Lunatic asylums in Bengal annual reports 1899-1911 - 1899-1911
Year: 1899
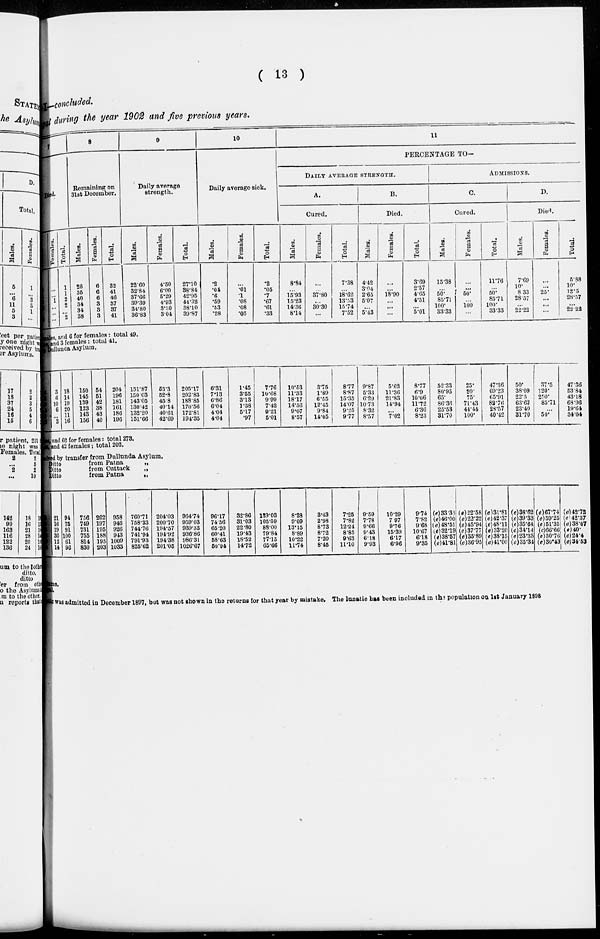
( 13 )
—concluded.
l during the year 1902 and five previous years.
Died.
Females.
...
...
1
...
...
...
Total.
1
1
2
2
...
2
8
Remaining on
31st December.
Males.
26
35 40
34
34
38
Females.
6
6
6
3
3
3
Total.
32
41
46
37
37
41
9
Daily average
strength.
Males.
22.60
32.84
37.66
39.39
34.80
36.83
Females.
4.50
6.00
5.29
4.93
3.30
3.04
Total.
27.10
38.84
42.95
44.32
38.10
39.87
10
Daily average sick.
Males.
.2
.04
.6
.59
.53
.28
Females.
...
.01
.1
.08
.08
.05
Total.
.2
.05
.7
.67
.61
.33
11
PERCENTAGE TO—
DAILY AVERAGE STRENGTH.
A.
Cured.
Males.
8.84
...
15.93
15.23
14.36
8.14
Females.
...
...
37.80
...
30.30
...
Total.
7.38
...
18.62
13.53
15.74
7.52
B.
Died.
Males.
4.42
3.04
2.65
5.07
...
5.43
Females.
...
...
18.90
...
...
...
Total.
3.69
2.57
4.65
4.51
...
5.01
ADMISSIONS.
C.
Cured.
Males.
15.38
...
50.
85.71
100.
33.33
Females.
...
...
50.
...
100
...
Total.
11.76
...
50.
85.71
100.
33.33
D.
Died.
Males.
7.69
10.
8.33
28.57
...
22.22
Females.
...
...
25.
...
...
...
Total.
5.88
10.
12.5
28.57
...
22.22
males and 6 for females : total 49.
and 3 females: total 41.
Dullunda Asylum.
3
6
10
6
...
3
18
14
19
20
11
16
150
145
139
123
143
156
54
51
42
38
43
40
204
196
181
161
186
196
151.87
150.03
143.05
130.42
132.20
151.66
53.3
52.8
45.8
40.14
40.61
42.69
205.17
202.83
188.85
170.56
172.81
194.35
6.31
7.13
6.86
6.04
4.04
4.04
1.45
3.55
3.13
1.38
5.17
.97
7.76
10.68
9.99
7.42
9.21
5.01
10.53
11.33
18.17
14.56
9.07
8.57
3.75
1.89
6.55
12.45
9.84
14.05
8.77
8.87
15.35
14.07
9.25
9.77
9.87
5.33
6.29
10.73
8.32
8.57
5.62
11.36
21.83
14.94
...
7.02
8.77
6.9
10.06
11.72
6.36
8.23
52.33
80.95
65.
86.36
25.53
31.70
25.
20.
75.
71.43
44.44
100.
47.36
69.23
65.91
82.76
28.57
40.42
50.
38.09
22.5
63.63
23.40
31.70
37.5
120.
250.
85.71
...
50.
47.36
53.84
43.18
68.96
19.64
34.04
and 62 for females: total 273.
and 42 females; total 202.
eived by transfer from Dullunda Asylum.
Ditto
from Patna
„
Ditto
from Cuttack
„
Ditto
from Patna
„
21
16
19
30
12
14
94
75
91
100
61
96
756
749
731
755
814
830
202
197
195
188
195
203
958
946
926
943
1009
1033
760.71
758.33
744.76
741.94
791.93
825.62
204.03
200.70
194.57
194.92
194.38
201.05
964.74
959.03
939.33
936.86
986.31
1026.67
96.17
74.56
65.20
60.41
58.63
50.94
32.86
31.03
22.80
19.43
18.52
14.72
129.03
105.59
88.00
79.84
77.15
65.66
8.28
9.09
13.15
8.89
10.22
11.74
3.43
2.98
8.73
8.72
7.20
8.45
7.25
7.82
12.24
8.85
9.63
11.10
9.59
7.78
9.66
9.43
6.18
9.93
10.29
7.97
9.76
15.39
6.17
6.96
9.74
7.82
9.68
10.67
6.18
9.35
(e)33.33
(e)46.00
(e)48.51
(e)32.19
(e)38.57
(e)41.81
(e)22.58
(e)22.22
(e)45.94
(e)37.77
(e)35.89
(e)36.95
(e)31.81
(e)42.37
(e)48.11
(e)33.20
(e)38.15
(e)41.00
(e)38.62
(e)39.33
(e)35.64
(e)34.14
(e) 23.33
(e)35.34
(e)67.74
(e)59.25
(e) 51.35
(e) 66.66
(e)30.76
(e)30.43
(e)42.72
(e) 42.37
(e)38.07
(e)40.
(e)24.4
(e)34.53
ms.
was admitted in December 1897, but was not shown in the returns for that year by mistake. The lunatic has been included in the population on 1st January 1898